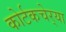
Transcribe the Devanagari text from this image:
कोर्टकचेर्‍या